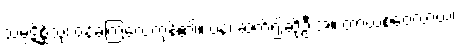
သမ္ပဋိစ္ဆိံသု၊ ဝန်ခံကြလေကုန်၏။ ပန၊ ဆက်၍ဆိုဦးအံ့။ တာယစဝေလာယ၊